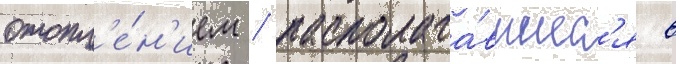
отопл'е́н'ием / располага́вшиес'я в